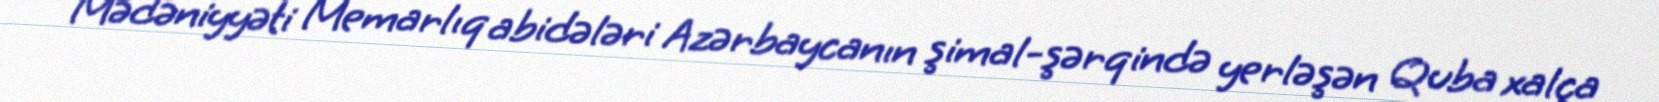
Mədəniyyəti Memarlıq abidələri Azərbaycanın şimal-şərqində yerləşən Quba xalça